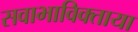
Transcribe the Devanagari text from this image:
सवाभाविक्ताया